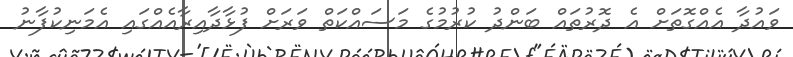
ވައުދާ އެއްގޮތަށް އެ ދޮރުތައް ބަންދު ކުރުމުގެ މަސައްކަތް ވަރަށް ފުޅާދާއިރާއެއްގައި އެމަނިކުފާނު